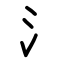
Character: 氵